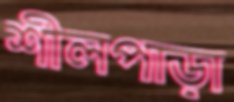
শীলপাড়া